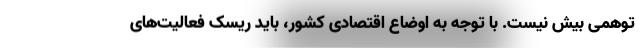
توهمی بیش نیست. با توجه به اوضاع اقتصادی کشور، باید ریسک فعالیت‌­های